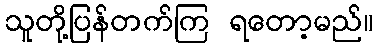
သူတို့ပြန်တက်ကြ ရတော့မည်။